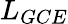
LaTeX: L_{GCE}